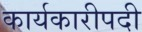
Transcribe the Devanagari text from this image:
कार्यकारीपदी